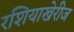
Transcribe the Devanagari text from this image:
रशियाखेरीज